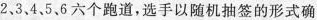
2、3、4、5、6六个跑道，选手以随机抽签的形式确